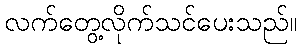
လက်တွေ့လိုက်သင်ပေးသည်။